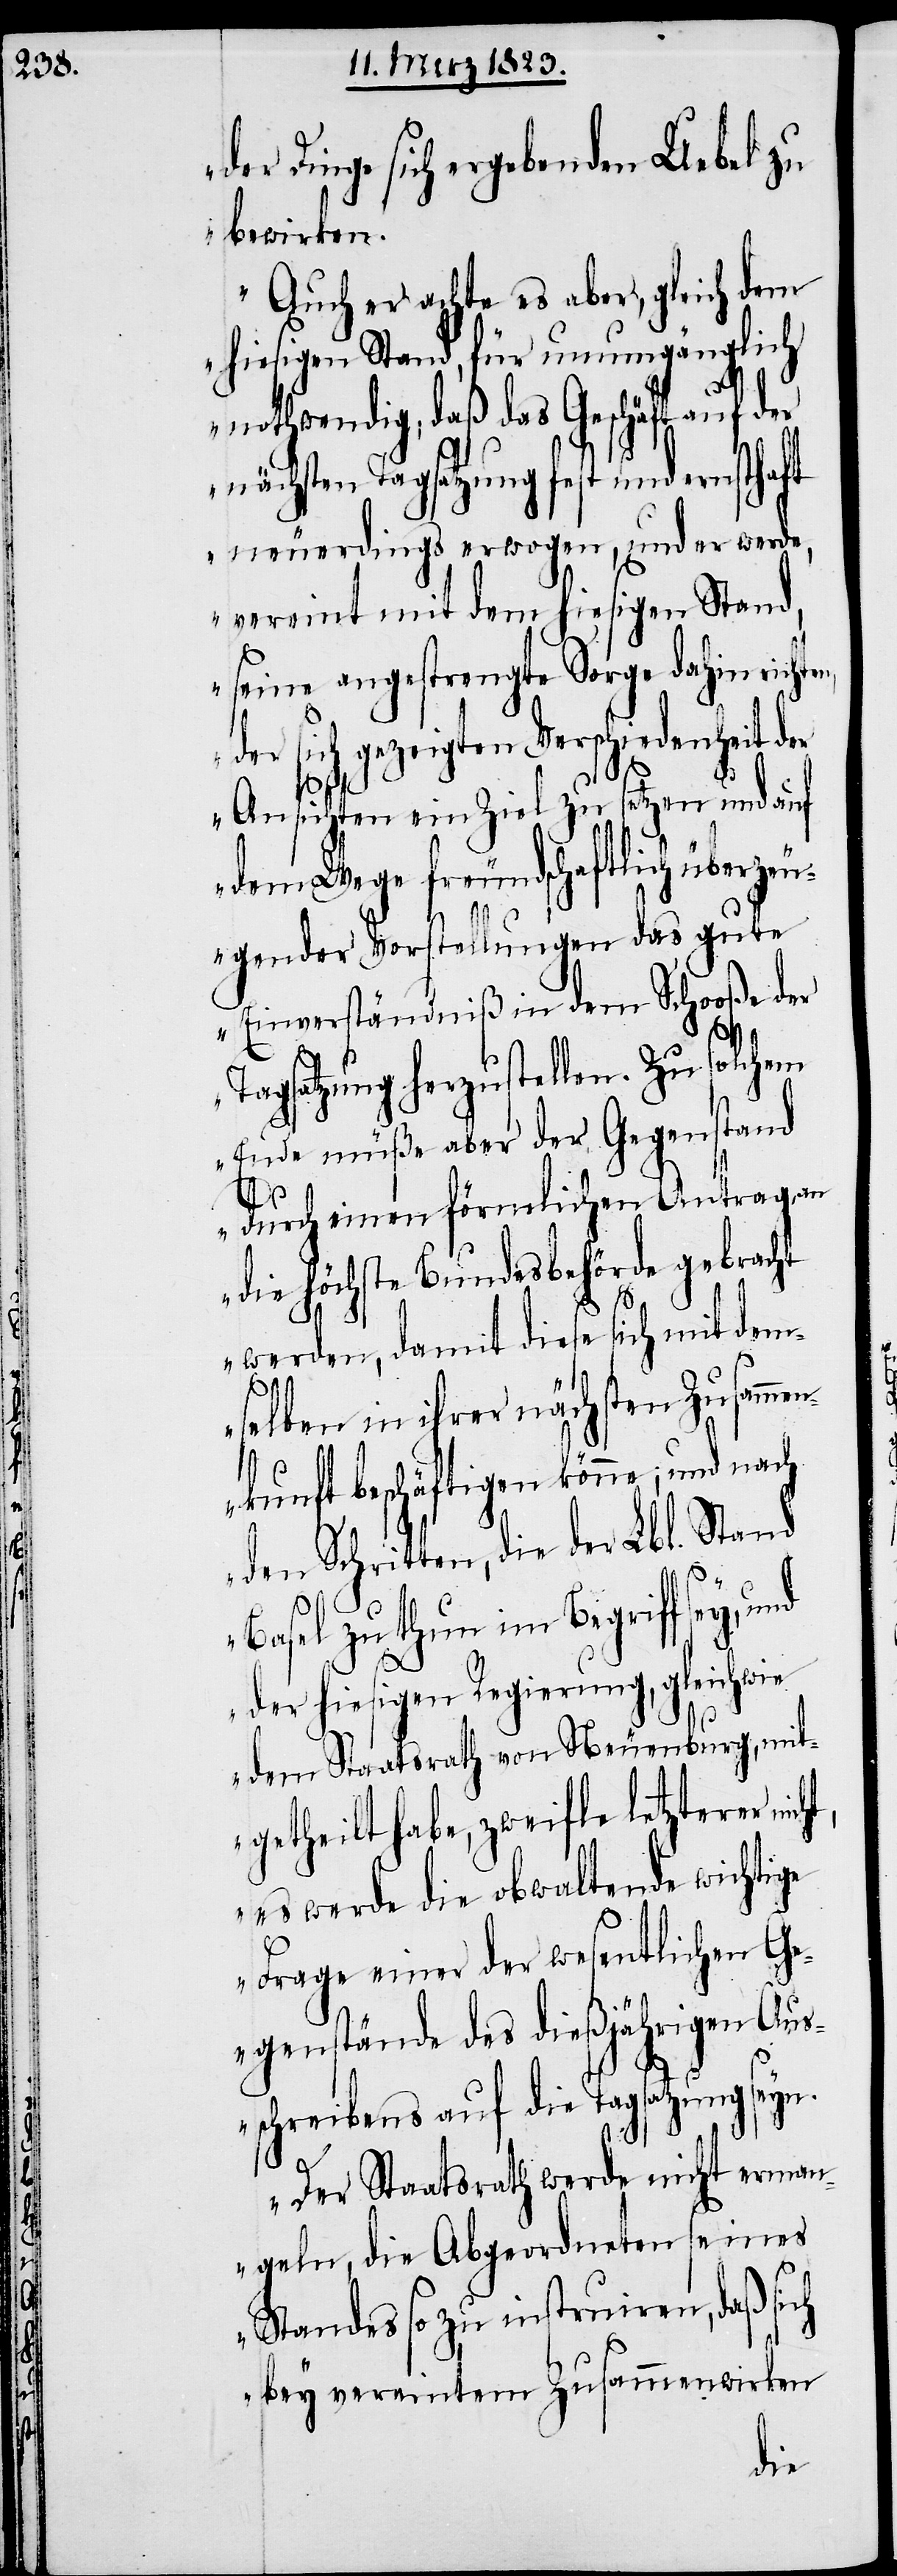
der Dinge sich ergebenden Uebel zu
bewirken.
Auch er achte es aber, gleich dem
hiesigen Stand, für unumgänglich
nothwendig, daß das Geschäft auf der
nächsten Tagsatzung fest und ernsthaft
neuerdings erwogen, und er werde,
vereint mit dem hiesigen Stand,
seine angestrengte Sorge dahin richte¬
der sich gezeigten Verschiedenheit der
Ansichten ein Ziel zu setzen und auf
dem Wege freundschaftlich überzeu¬
gender Vorstellungen das gute
Einverständniß in dem Schooße der
Tagsatzung herzustellen. Zu solchem
Ende müße aber der Gegenstand
der
durch einen förmlichen Antrag an
die höchste Bundesbehörde gebracht
werden, damit diese sich mit dem¬
selben in ihrer nächsten Zusamm¬
ht,
enkunft beschäftigen könne; und nach
Basel zu thun im Begriff sey,
der hiesigen Regierung, gleichwie
dem Staatsrath von Neuenburg, mit¬
getheilt habe, zweifle letzterer nic¬
es werde die obwaltende wichtige
Frage einer der wesentlichen Ge¬
genstände des dießjährigen Au¬
sschreibens auf die Tagsatzung seyn.
Der Staatsrath werde nicht erman¬
geln, die Abgeordneten seines
Standes so zu instruiren, daß sich
bey vereintem Zusammenwirken
die